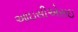
આઇસીએસઇ